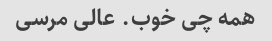
همه چی خوب. عالی مرسی